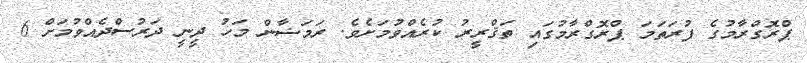
ޕްރޮގްރާމުގެ ފުރަތަމަ ޕްރޮގްރާމުގައި ތަޤްރީރު ކުރެއްވުމަށެވެ. ރަމަޟާން މަހު ދީނީ ދަރުސްދެއްވުމަށް 6